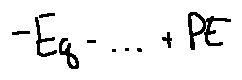
- E _ { q } - \cdots + P E